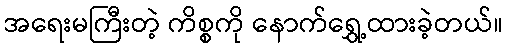
အရေးမကြီးတဲ့ ကိစ္စကို နောက်ရွှေ့ထားခဲ့တယ်။